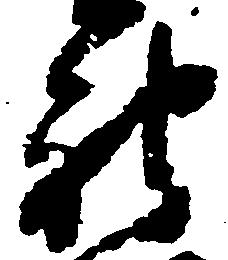
被